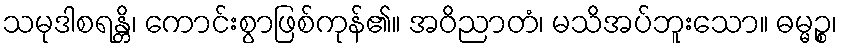
သမုဒါစရန္တိ၊ ကောင်းစွာဖြစ်ကုန်၏။ အဝိညာတံ၊ မသိအပ်ဘူးသော။ ဓမ္မဉ္စ၊